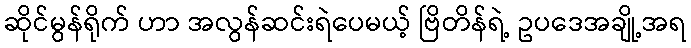
ဆိုင်မွန်ရိုက် ဟာ အလွန်ဆင်းရဲပေမယ့် ဗြိတိန်ရဲ့ ဥပဒေအချို့အရ